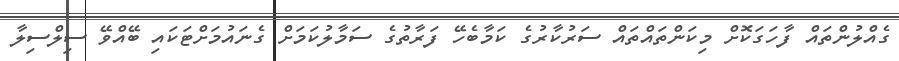
ގެއްލުންތައް ފާހަގަކޮށް މިކަންތައްތައް ސަރުކާރުގެ ކަމާބެހޭ ފަރާތުގެ ސަމާލުކަމަށް ގެނައުމަށްޓަކައި ބޭއްވޭ ސިލްސިލާ